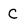
Character: C